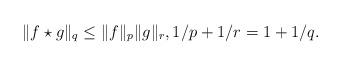
LaTeX: \begin{align*}\|f\star g\|_q\leq \|f\|_p\|g\|_r,1/p+1/r=1+1/q.\end{align*}